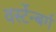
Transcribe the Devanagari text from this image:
वर्स्टेन्बर्ग